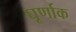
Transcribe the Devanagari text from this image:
घूर्णाक